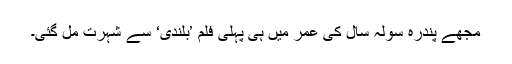
مجھے پندرہ سولہ سال کی عمر میں ہی پہلی فلم ’بلندی‘ سے شہرت مل گئی۔